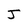
Character: J